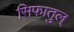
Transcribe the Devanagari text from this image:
सिफातुल्